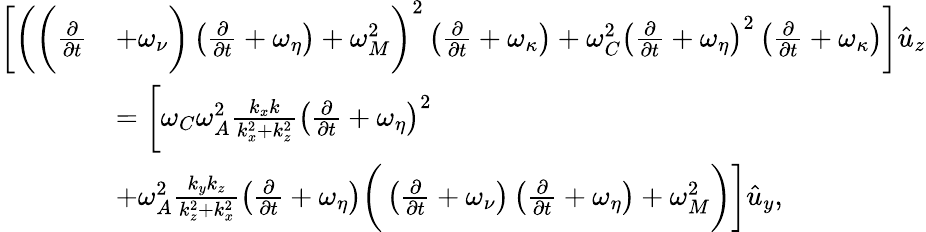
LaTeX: \begin{array}{rl}{\bigg[\bigg(\bigg(\frac{\partial}{\partial{t}}}&{+\omega_{\nu}\bigg)\left(\frac{\partial}{\partial{t}}+\omega_{\eta}\right)+\omega_{M}^{2}\bigg)^{2}\left(\frac{\partial}{\partial{t}}+\omega_{\kappa}\right)+\omega_{C}^{2}\left(\frac{\partial}{\partial{t}}+\omega_{\eta}\right)^{2}\left(\frac{\partial}{\partial{t}}+\omega_{\kappa}\right)\bigg]\hat{u}_{z}}\\ &{=\bigg[\omega_{C}\omega_{A}^{2}\frac{k_{x}k}{k_{x}^{2}+k_{z}^{2}}\left(\frac{\partial}{\partial{t}}+\omega_{\eta}\right)^{2}}\\ &{+\omega_{A}^{2}\frac{k_{y}k_{z}}{k_{z}^{2}+k_{x}^{2}}\left(\frac{\partial}{\partial{t}}+\omega_{\eta}\right)\bigg(\left(\frac{\partial}{\partial{t}}+\omega_{\nu}\right)\left(\frac{\partial}{\partial{t}}+\omega_{\eta}\right)+\omega_{M}^{2}\bigg)\bigg]\hat{u}_{y},}\end{array}